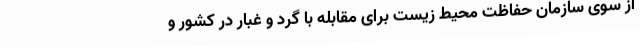
از سوی سازمان حفاظت محیط زیست برای مقابله با گرد و غبار در کشور و